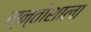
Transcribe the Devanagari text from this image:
स्न्तोशाला